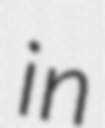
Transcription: in